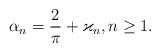
LaTeX: \begin{align*}\alpha_n = \dfrac{2}{\pi} + \varkappa_n, n \ge 1.\end{align*}